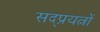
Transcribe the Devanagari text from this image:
सद्प्रयत्नों